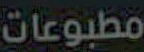
مطبوعات